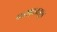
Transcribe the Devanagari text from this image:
परराष्ट्रराजदूत